65_HS1-834228961_62-HQ-83894_Section_10
Agency: FBI
Page 139
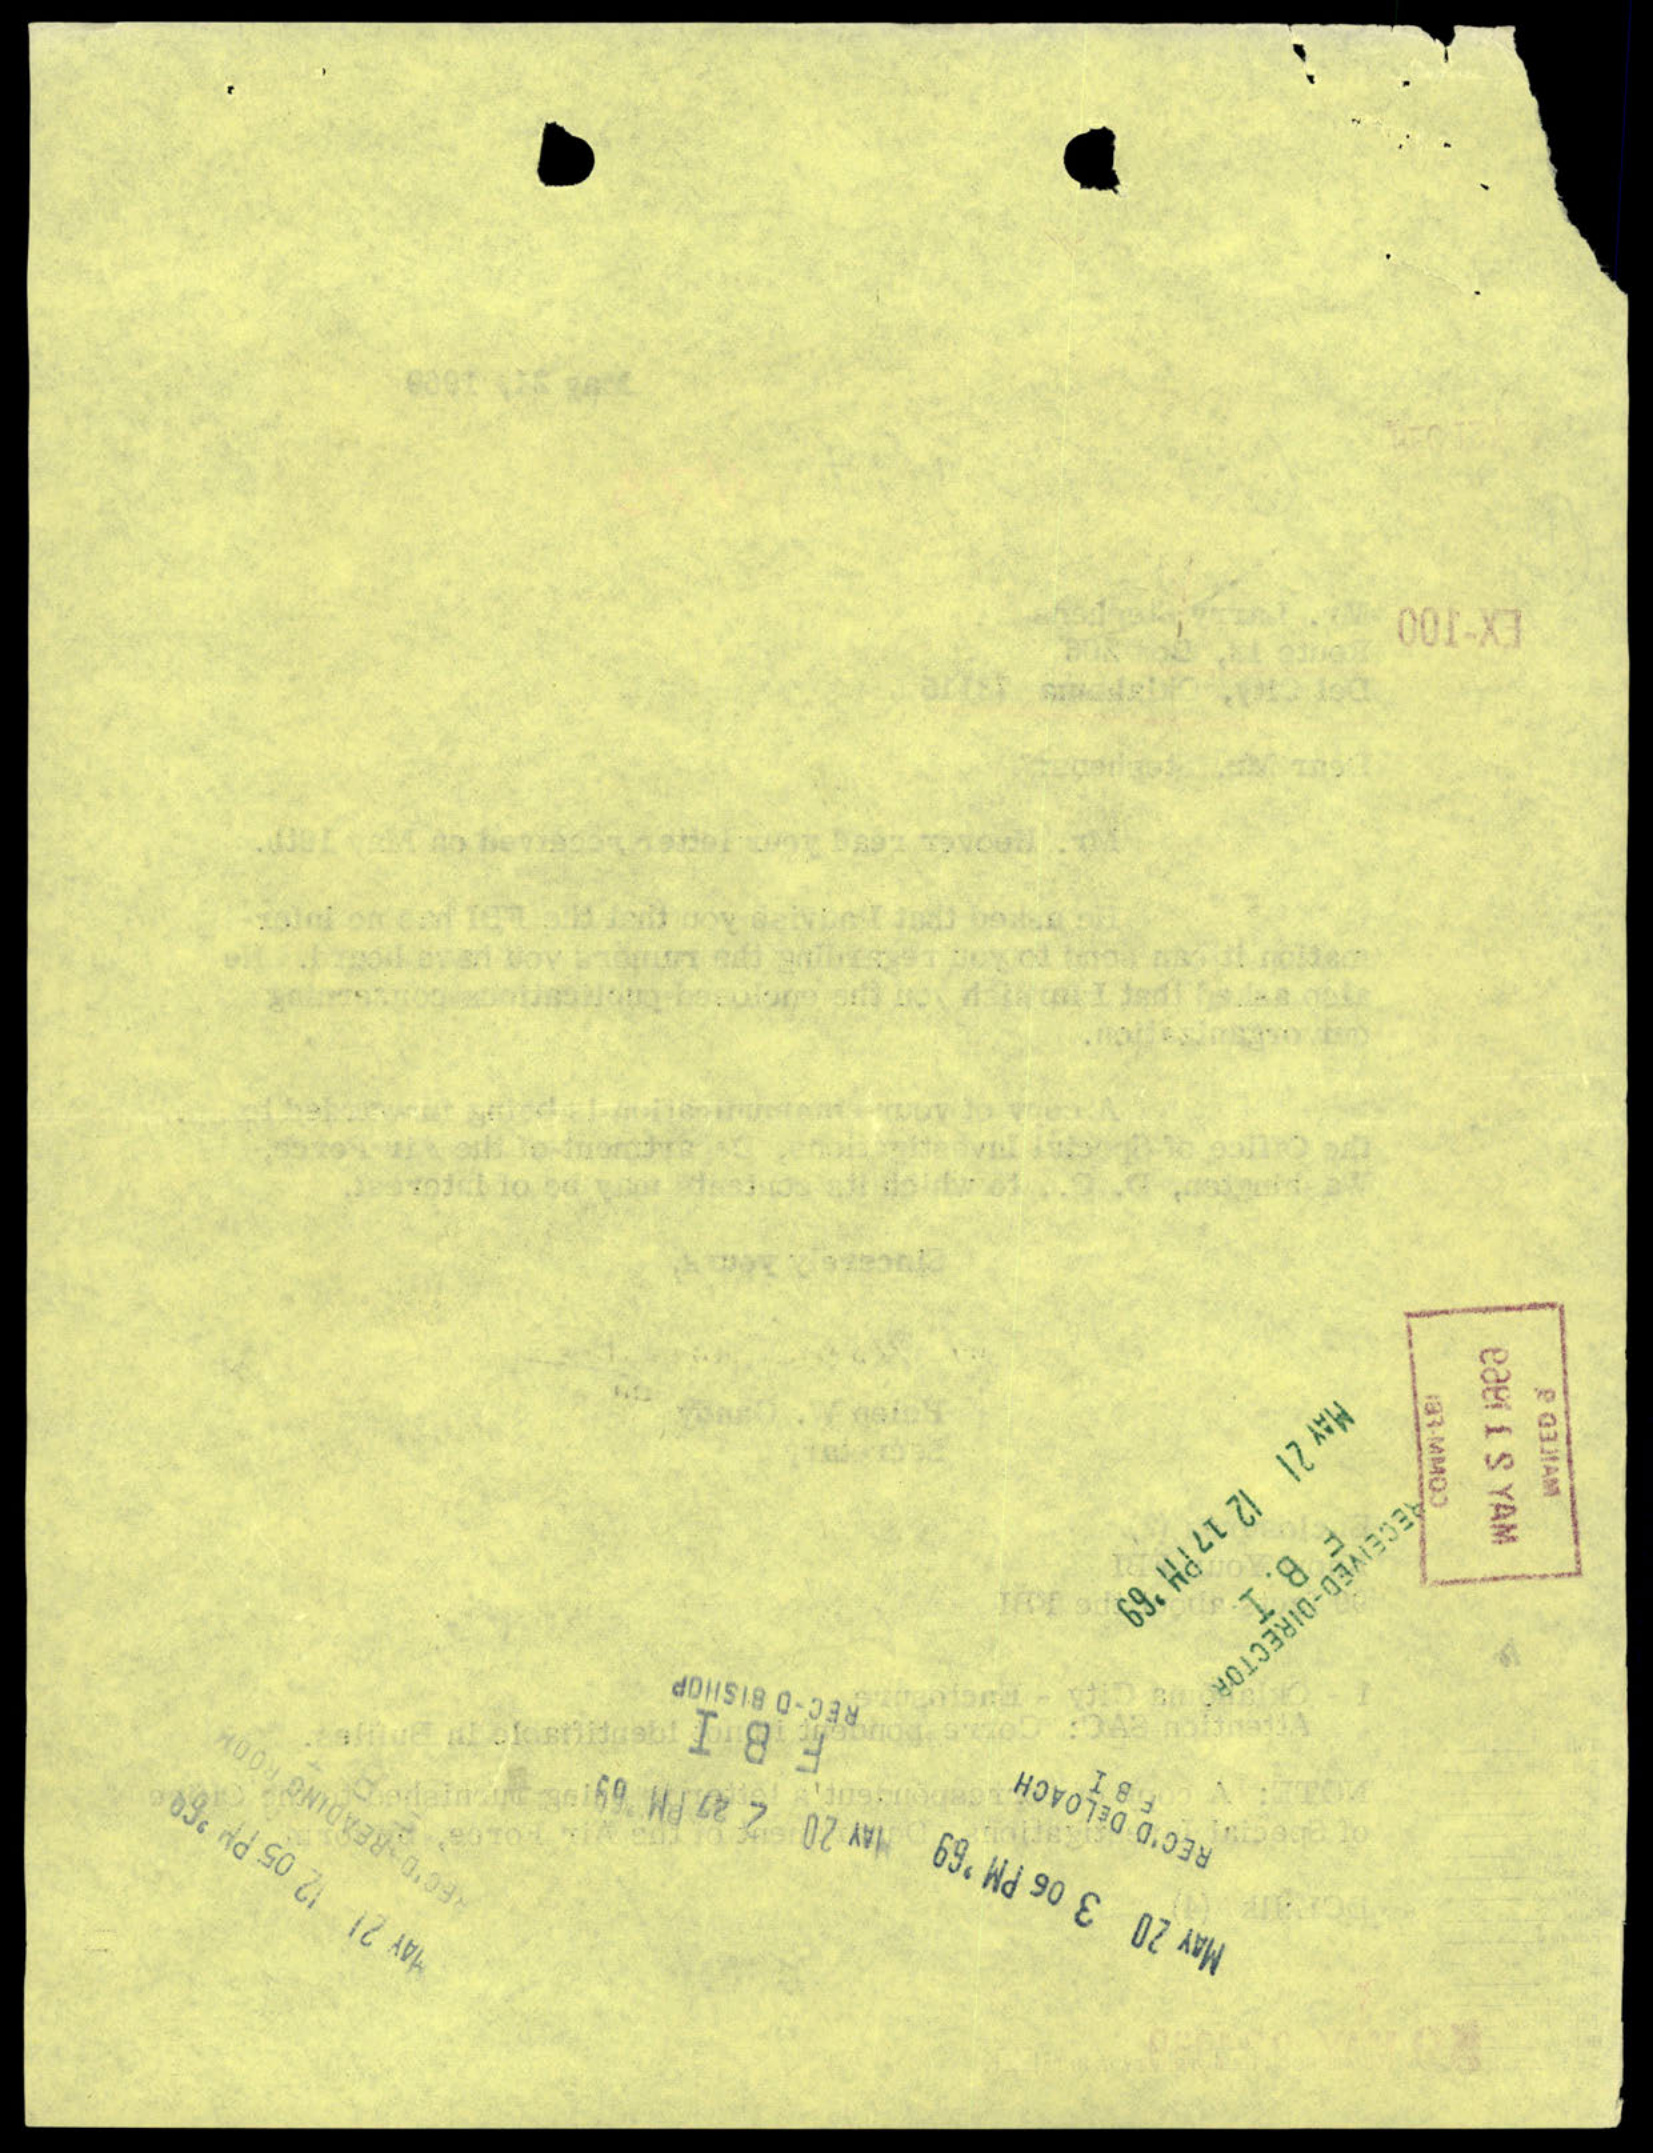